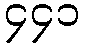
၄၄၁